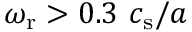
\omega _ { \mathrm { r } } > 0 . 3 \ c _ { \mathrm { s } } / a